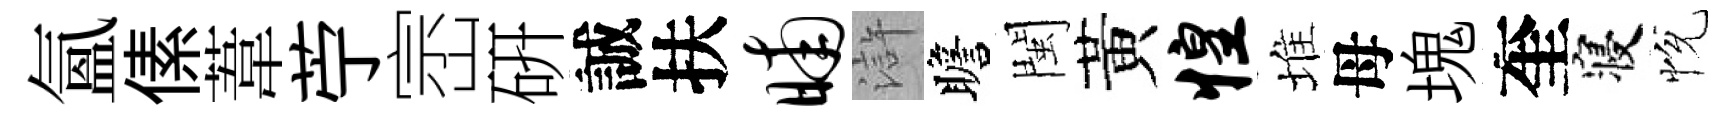
氳傃葦苧崈硏誠扶晡滸瞻閩黃惶堆母塊奎寝恱